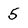
Character: 5